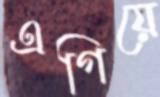
এগিয়ে